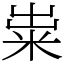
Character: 粜